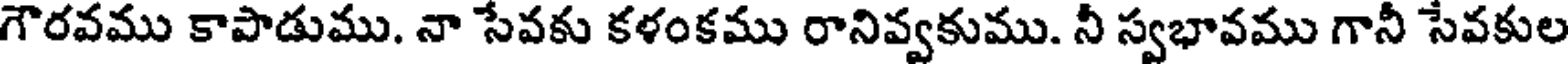
గౌరవము కాపాడుము. నా సేవకు కళంకము రానివ్వకుము. నీ స్వభావము గానీ సేవకుల